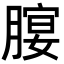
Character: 𦞷